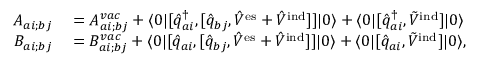
\begin{array} { r l } { A _ { a i ; b j } } & { { } = A _ { a i ; b j } ^ { v a c } + \langle 0 \vert [ \hat { q } _ { a i } ^ { \dagger } , [ \hat { q } _ { b j } , \hat { V } ^ { \mathrm { e s } } + \hat { V } ^ { \mathrm { i n d } } ] ] \vert 0 \rangle + \langle 0 \vert [ \hat { q } _ { a i } ^ { \dagger } , \tilde { V } ^ { \mathrm { i n d } } ] \vert 0 \rangle } \\ { B _ { a i ; b j } } & { { } = B _ { a i ; b j } ^ { v a c } + \langle 0 \vert [ \hat { q } _ { a i } , [ \hat { q } _ { b j } , \hat { V } ^ { \mathrm { e s } } + \hat { V } ^ { \mathrm { i n d } } ] ] \vert 0 \rangle + \langle 0 \vert [ \hat { q } _ { a i } , \tilde { V } ^ { \mathrm { i n d } } ] \vert 0 \rangle , } \end{array}